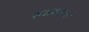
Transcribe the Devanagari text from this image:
स्थावरत्व